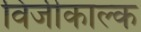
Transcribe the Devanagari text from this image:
विजीकाल्क